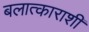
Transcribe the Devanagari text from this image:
बलात्काराशी